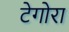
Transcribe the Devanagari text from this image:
टेगोरा